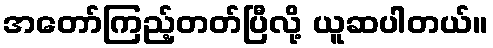
အတော်ကြည့်တတ်ပြီလို့ ယူဆပါတယ်။